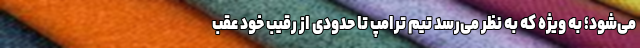
می‌شود؛ به ویژه که به نظر می‌رسد تیم ترامپ تا حدودی از رقیب خود عقب